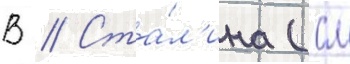
В // Ста́л'ина (см